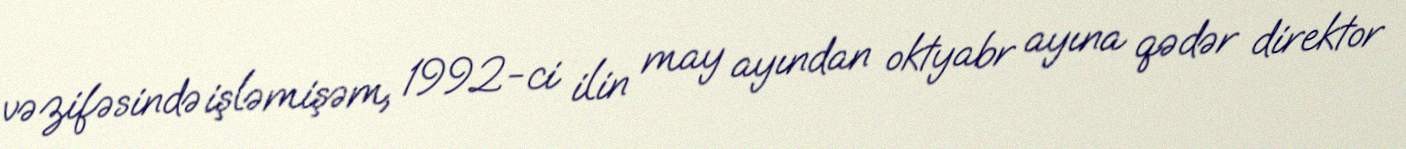
vəzifəsində işləmişəm, 1992-ci ilin may ayından oktyabr ayına qədər direktor